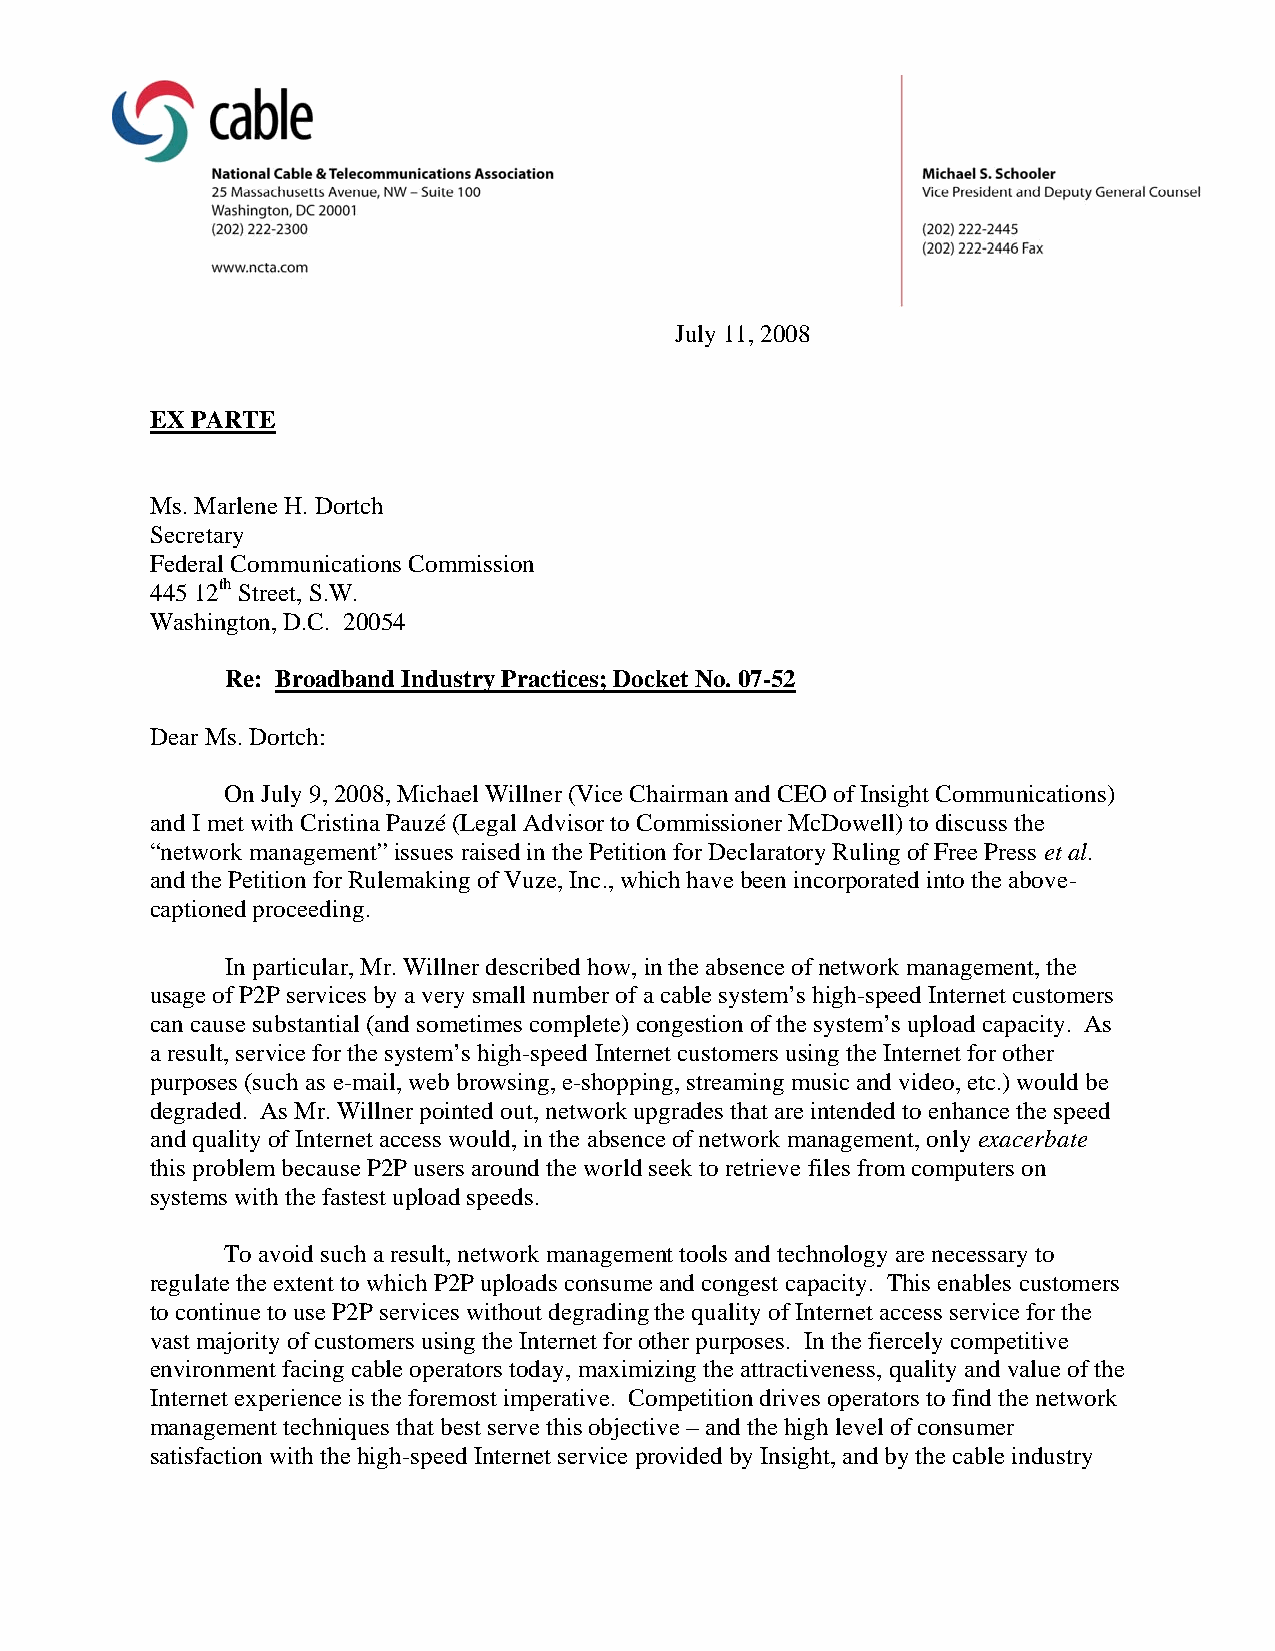
July 11, 2008
 EX PARTE
 Ms. Marlene H. Dortch
 Secretary
 Federal Communications Commission
 445 12th Street, S.W.
 Washington, D.C. 20054
 Re: Broadband Industry Practices; Docket No. 07-52
 Dear Ms. Dortch:
 On July 9, 2008, Michael Willner (Vice Chairman and CEO of Insight Communications)
 and I met with Cristina Pauzé (Legal Advisor to Commissioner McDowell) to discuss the
 “network management” issues raised in the Petition for Declaratory Ruling of Free Press et al.
 and the Petition for Rulemaking of Vuze, Inc., which have been incorporated into the above-
 captioned proceeding.
 In particular, Mr. Willner described how, in the absence of network management, the
 usage of P2P services by a very small number of a cable system’s high-speed Internet customers
 can cause substantial (and sometimes complete) congestion of the system’s upload capacity. As
 a result, service for the system’s high-speed Internet customers using the Internet for other
 purposes (such as e-mail, web browsing, e-shopping, streaming music and video, etc.) would be
 degraded. As Mr. Willner pointed out, network upgrades that are intended to enhance the speed
 and quality of Internet access would, in the absence of network management, only exacerbate
 this problem because P2P users around the world seek to retrieve files from computers on
 systems with the fastest upload speeds.
 To avoid such a result, network management tools and technology are necessary to
 regulate the extent to which P2P uploads consume and congest capacity. This enables customers
 to continue to use P2P services without degrading the quality of Internet access service for the
 vast majority of customers using the Internet for other purposes. In the fiercely competitive
 environment facing cable operators today, maximizing the attractiveness, quality and value of the
 Internet experience is the foremost imperative. Competition drives operators to find the network
 management techniques that best serve this objective – and the high level of consumer
 satisfaction with the high-speed Internet service provided by Insight, and by the cable industry